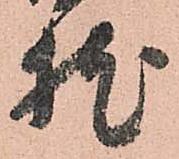
枕